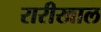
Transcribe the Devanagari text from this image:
रारीखाल